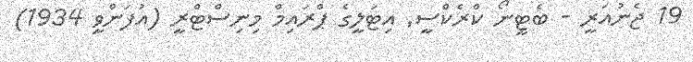
19 ޖެނުއަރީ - ބެޓީނޯ ކްރެކްސީ